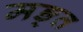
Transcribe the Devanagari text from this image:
मङ्त